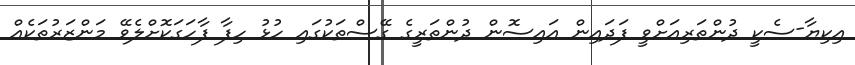
އިކިޔާ-ސެކީ ދުންތަރިއަށްވީ ފަދައިން އައިސޮން ދުންތަރީގެ ގޭސްތަކުގައި ހުޅު ހިފާ ފާހަގަކޮށްލެވޭ މަންޒަރުތަކެއް